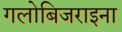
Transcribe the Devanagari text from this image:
गलोबिजराइना